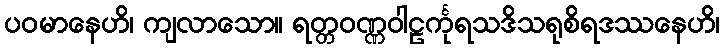
ပဝမာနေဟိ၊ ကျလာသော။ ရတ္တဝဏ္ဏဝါဠင်္ကုရသဒိသရုစိရဒဿနေဟိ၊